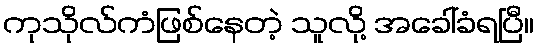
ကုသိုလ်ကံဖြစ်နေတဲ့ သူလို့ အခေါ်ခံရပြီ။